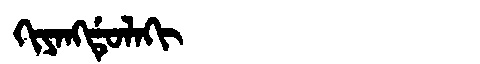
Manchu: ᡴᡳᠶᠠᠩᡩᡠᠯᠠᡴᡳ
Romanization: KIYANGDULAKI